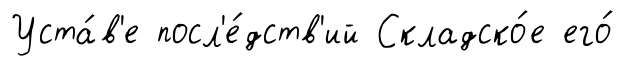
Уста́в'е посл'е́дств'ий Складско́е его́